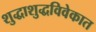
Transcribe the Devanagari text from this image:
शुद्धाशुद्धविवेकात